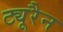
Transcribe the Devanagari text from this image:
ट्यूरैन